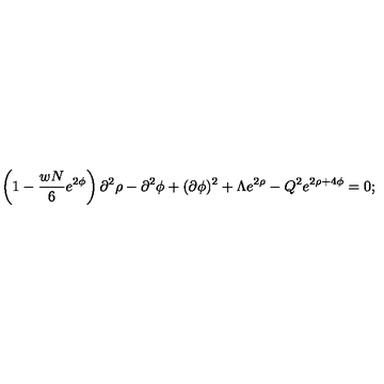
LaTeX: \left( 1 - \frac { w N } { 6 } e ^ { 2 \phi } \right) \partial ^ { 2 } \rho - \partial ^ { 2 } \phi + ( \partial \phi ) ^ { 2 } + \Lambda e ^ { 2 \rho } - Q ^ { 2 } e ^ { 2 \rho + 4 \phi } = 0 ;